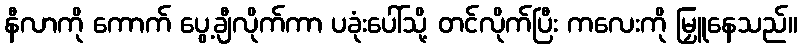
နီလာကို ကောက် ပွေ့ချီလိုက်ကာ ပခုံးပေါ်သို့ တင်လိုက်ပြီး ကလေးကို မြှူနေသည်။